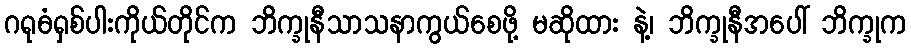
ဂရုဓံရှစ်ပါးကိုယ်တိုင်က ဘိက္ခုနီသာသနာကွယ်စေဖို့ မဆိုထား နဲ့၊ ဘိက္ခုနီအပေါ် ဘိက္ခုက